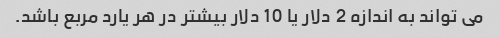
می تواند به اندازه 2 دلار یا 10 دلار بیشتر در هر یارد مربع باشد.